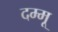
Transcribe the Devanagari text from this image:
दम्मू